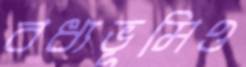
বধ্যভূমিও